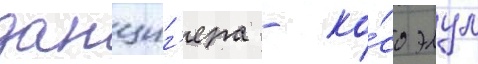
данциг'ера - ко́со элул